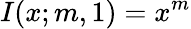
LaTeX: I(x;m,1)=x^{m}